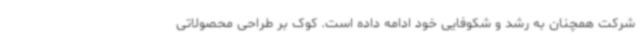
شرکت همچنان به رشد و شکوفایی خود ادامه داده است. کوک بر طراحی محصولاتی